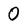
Character: O